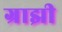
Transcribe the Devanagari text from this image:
ग्राझी